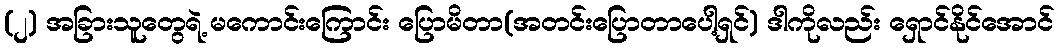
(၂) အခြားသူတွေရဲ့ မကောင်းကြောင်း ပြောမိတာ(အတင်းပြောတာပေါ့ရှင်) ဒါကိုလည်း ရှောင်နိုင်အောင်